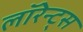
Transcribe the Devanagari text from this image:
लॉरेन्ट्स